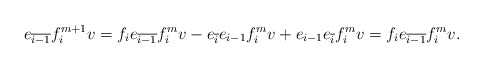
\begin{align*}e_{\overline{i-1}}f_{i}^{m+1}v = f_ie_{\overline{i-1}}f_i^mv - e_{\overline{i}}e_{i-1}f_i^mv + e_{i-1}e_{\overline{i}}f_i^mv = f_ie_{\overline{i-1}}f_i^mv.\end{align*}